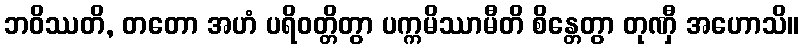
ဘဝိဿတိ, တတော အဟံ ပရိဝတ္တိတွာ ပက္ကမိဿာမီတိ စိန္တေတွာ တုဏှီ အဟောသိ။